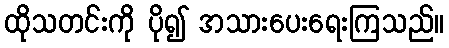
ထိုသတင်းကို ပို၍ အသားပေးရေးကြသည်။